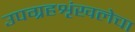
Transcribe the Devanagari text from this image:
उपग्रहशृंखलेचा